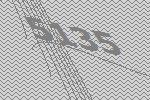
5135